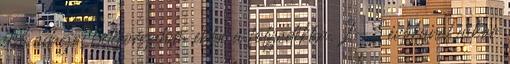
első adagot beleforgatom ebbe a folyadékba. 2-3 evőkanál cukor